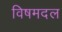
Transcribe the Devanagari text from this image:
विषमदल